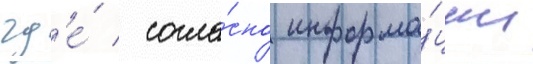
гд'е́ / согла́сно информа́ции